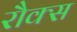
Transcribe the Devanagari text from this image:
रौक्स